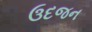
ઉદજન